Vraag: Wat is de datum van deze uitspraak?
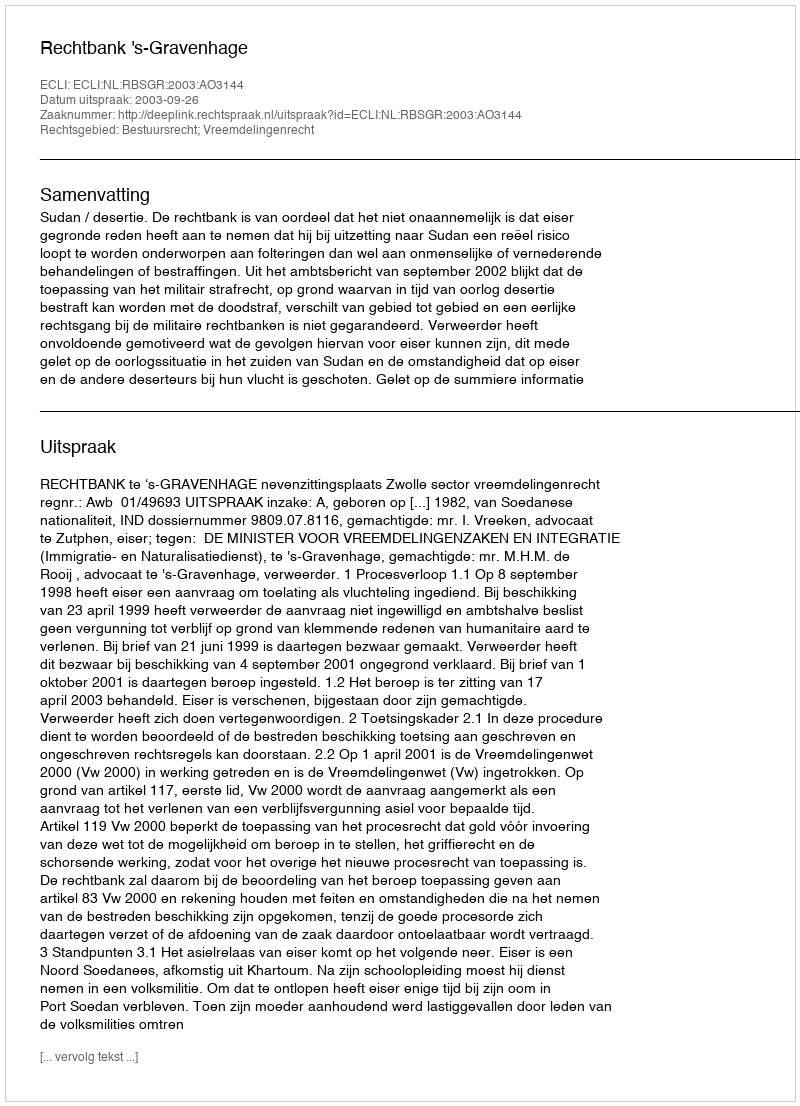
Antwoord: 2003-09-26